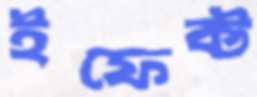
ইফেক্ট